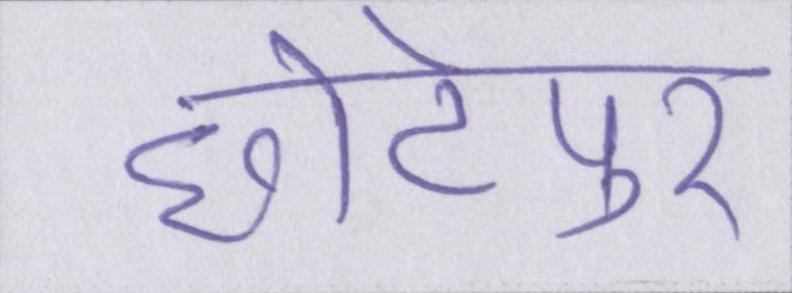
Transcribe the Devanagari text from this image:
छोटेपुर